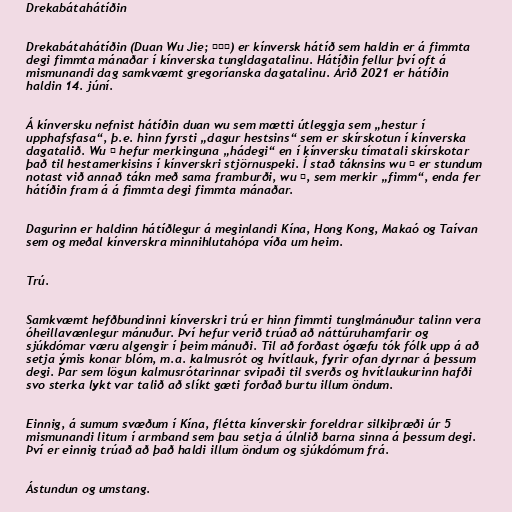
Drekabátahátíðin

Drekabátahátíðin (Duan Wu Jie; 端午節) er kínversk hátíð sem haldin er á fimmta
degi fimmta mánaðar í kínverska tungldagatalinu. Hátíðin fellur því oft á
mismunandi dag samkvæmt gregoríanska dagatalinu. Árið 2021 er hátíðin
haldin 14. júní.

Á kínversku nefnist hátíðin duan wu sem mætti útleggja sem „hestur í
upphafsfasa“, þ.e. hinn fyrsti „dagur hestsins“ sem er skírskotun í kínverska
dagatalið. Wu 午 hefur merkinguna „hádegi“ en í kínversku tímatali skírskotar
það til hestamerkisins í kínverskri stjörnuspeki. Í stað táknsins wu 午 er stundum
notast við annað tákn með sama framburði, wu 五, sem merkir „fimm“, enda fer
hátíðin fram á á fimmta degi fimmta mánaðar.

Dagurinn er haldinn hátíðlegur á meginlandi Kína, Hong Kong, Makaó og Taívan
sem og meðal kínverskra minnihlutahópa víða um heim.

Trú.

Samkvæmt hefðbundinni kínverskri trú er hinn fimmti tunglmánuður talinn vera
óheillavænlegur mánuður. Því hefur verið trúað að náttúruhamfarir og
sjúkdómar væru algengir í þeim mánuði. Til að forðast ógæfu tók fólk upp á að
setja ýmis konar blóm, m.a. kalmusrót og hvítlauk, fyrir ofan dyrnar á þessum
degi. Þar sem lögun kalmusrótarinnar svipaði til sverðs og hvítlaukurinn hafði
svo sterka lykt var talið að slíkt gæti forðað burtu illum öndum.

Einnig, á sumum svæðum í Kína, flétta kínverskir foreldrar silkiþræði úr 5
mismunandi litum í armband sem þau setja á úlnlið barna sinna á þessum degi.
Því er einnig trúað að það haldi illum öndum og sjúkdómum frá.

Ástundun og umstang.